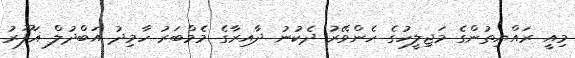
މިއީ ރައްޔިތުންގެ މަޖިލީހުގެ ހެންވޭރު ދެކުނު ދާއިރާގެ މެމްބަރު ހާމިދު އަބްދުލް ޣަފޫރު